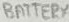
Text: BATTERY